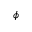
\phi